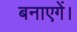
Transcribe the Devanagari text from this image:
बनाएगें।